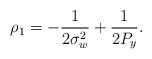
LaTeX: \begin{align*}\rho_1 = -\frac{1}{2\sigma_w^2} + \frac{1}{2 P_y}.\end{align*}